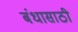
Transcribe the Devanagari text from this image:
बंधासाठी